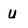
Character: U